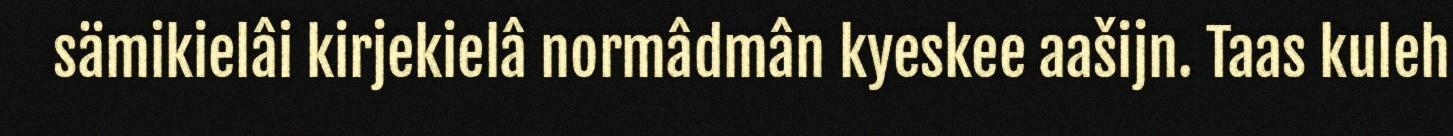
sämikielâi kirjekielâ normâdmân kyeskee aašijn. Taas kuleh